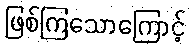
ဖြစ်ကြသောကြောင့်